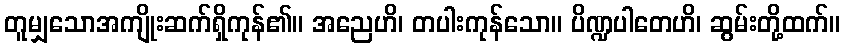
တူမျှသောအကျိုးဆက်ရှိကုန်၏။ အညေဟိ၊ တပါးကုန်သော။ ပိဏ္ဍပါတေဟိ၊ ဆွမ်းတို့ထက်။